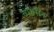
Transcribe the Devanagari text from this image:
व्यग्रसेन